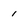
Character: 1